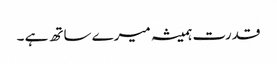
قدرت ہمیشہ میرے ساتھ ہے ۔